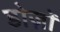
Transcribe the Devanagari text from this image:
डोज़ों